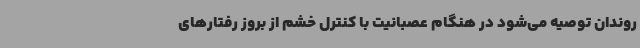
روندان توصیه می‌شود در هنگام عصبانیت با کنترل خشم از بروز رفتارهای